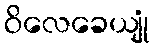
ဝိလေခေယျုံ